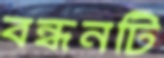
বন্ধনটি